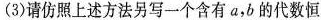
(3)请仿照上述方法另写一个含有a，b的代数恒